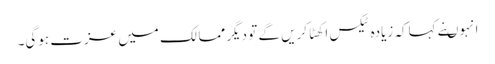
انہوںنے کہاکہ زیادہ ٹیکس اکھٹا کریں گے تو دیگر ممالک میں عزت ہوگی۔